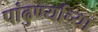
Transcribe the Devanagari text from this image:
पांढुर्ण्याच्या